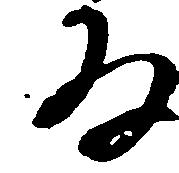
な